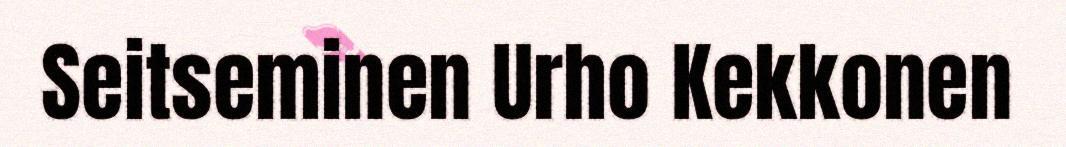
Seitseminen Urho Kekkonen